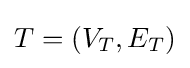
T=(V_{T},E_{T})